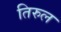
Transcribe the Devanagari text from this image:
तिरुल